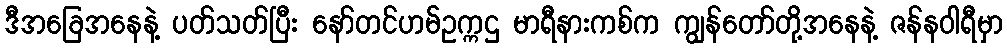
ဒီအခြေအနေနဲ့ ပတ်သတ်ပြီး နော်တင်ဟမ်ဥက္ကဌ မာရီနားကစ်က ကျွန်တော်တို့အနေနဲ့ ဇန်နဝါရီမှာ